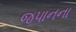
જપાનના